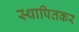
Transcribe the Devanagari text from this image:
स्थापितकर